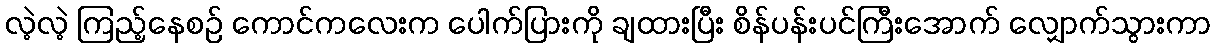
လဲ့လဲ့ ကြည့်နေစဉ် ကောင်ကလေးက ပေါက်ပြားကို ချထားပြီး စိန်ပန်းပင်ကြီးအောက် လျှောက်သွားကာ